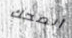
أنصحك